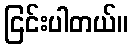
ငြင်းပါတယ်။